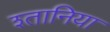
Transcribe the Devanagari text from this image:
श्तानिया